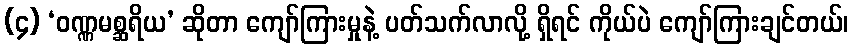
(၄) ‘ဝဏ္ဏမစ္ဆရိယ’ ဆိုတာ ကျော်ကြားမှုနဲ့ ပတ်သက်လာလို့ ရှိရင် ကိုယ်ပဲ ကျော်ကြားချင်တယ်၊